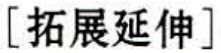
[拓展延伸]